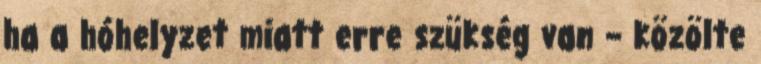
ha a hóhelyzet miatt erre szükség van – közölte